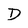
Character: D